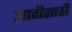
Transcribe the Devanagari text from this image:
ज्ञातीसाठीं